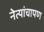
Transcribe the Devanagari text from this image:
नेत्यांचापण